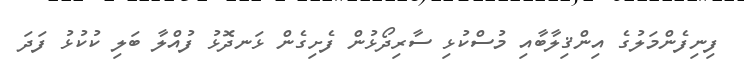
ފިނިފެންމަލުގެ އިންޤިލާބާއި މުސްކުޅި ސާރިދޯޅުން ފެށިގެން ޅަނދޮޅު ފުއްލާ ބަލި ކުކުޅު ފަދަ